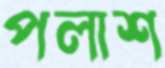
পলাশ